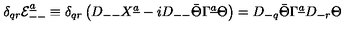
\delta _ { q r } { \cal E } _ { -- } ^ { \underline { a } } \equiv \delta _ { q r } \left( D _ { -- } X ^ { \underline { a } } - i D _ { -- } \bar { \Theta } \Gamma ^ { \underline { a } } \Theta \right) = D _ { - q } \bar { \Theta } \Gamma ^ { \underline { a } } D _ { - r } \Theta